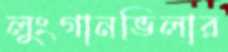
লুংগানভিলার